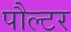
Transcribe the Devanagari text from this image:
पौल्टर